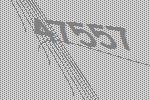
47557